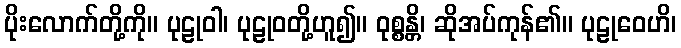
ပိုးလောက်တို့ကို။ ပုဠုဝါ၊ ပုဠုဝတို့ဟူ၍။ ဝုစ္စန္တိ၊ ဆိုအပ်ကုန်၏။ ပုဠုဝေဟိ၊